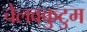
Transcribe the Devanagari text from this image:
चेलवकुटुम